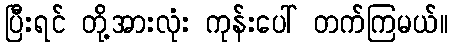
ပြီးရင် တို့အားလုံး ကုန်းပေါ် တက်ကြမယ်။